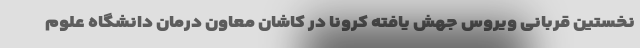
نخستین قربانی ویروس جهش یافته کرونا در کاشان معاون درمان دانشگاه علوم